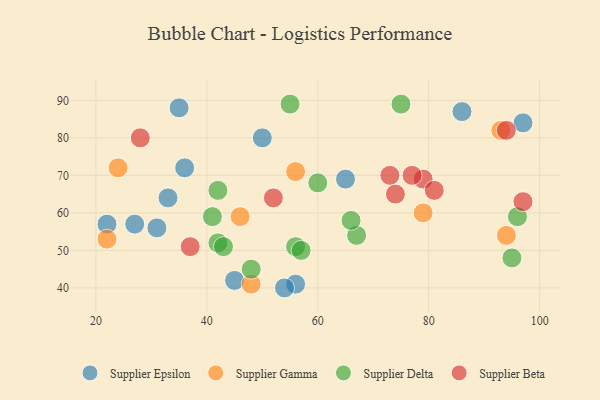
{"axis": {"x": "GDP", "y": "Life Expectancy"}, "legend": ["Supplier Beta", "Supplier Delta", "Supplier Epsilon", "Supplier Gamma"], "data": [{"x": "31", "y": 56, "type": "Supplier Epsilon"}, {"x": "86", "y": 87, "type": "Supplier Epsilon"}, {"x": "56", "y": 41, "type": "Supplier Epsilon"}, {"x": "97", "y": 84, "type": "Supplier Epsilon"}, {"x": "36", "y": 72, "type": "Supplier Epsilon"}, {"x": "50", "y": 80, "type": "Supplier Epsilon"}, {"x": "65", "y": 69, "type": "Supplier Epsilon"}, {"x": "54", "y": 40, "type": "Supplier Epsilon"}, {"x": "27", "y": 57, "type": "Supplier Epsilon"}, {"x": "33", "y": 64, "type": "Supplier Epsilon"}, {"x": "45", "y": 42, "type": "Supplier Epsilon"}, {"x": "22", "y": 57, "type": "Supplier Epsilon"}, {"x": "35", "y": 88, "type": "Supplier Epsilon"}, {"x": "94", "y": 54, "type": "Supplier Gamma"}, {"x": "24", "y": 72, "type": "Supplier Gamma"}, {"x": "46", "y": 59, "type": "Supplier Gamma"}, {"x": "22", "y": 53, "type": "Supplier Gamma"}, {"x": "56", "y": 71, "type": "Supplier Gamma"}, {"x": "48", "y": 41, "type": "Supplier Gamma"}, {"x": "79", "y": 60, "type": "Supplier Gamma"}, {"x": "93", "y": 82, "type": "Supplier Gamma"}, {"x": "42", "y": 66, "type": "Supplier Delta"}, {"x": "56", "y": 51, "type": "Supplier Delta"}, {"x": "42", "y": 52, "type": "Supplier Delta"}, {"x": "96", "y": 59, "type": "Supplier Delta"}, {"x": "43", "y": 51, "type": "Supplier Delta"}, {"x": "75", "y": 89, "type": "Supplier Delta"}, {"x": "55", "y": 89, "type": "Supplier Delta"}, {"x": "67", "y": 54, "type": "Supplier Delta"}, {"x": "95", "y": 48, "type": "Supplier Delta"}, {"x": "48", "y": 45, "type": "Supplier Delta"}, {"x": "66", "y": 58, "type": "Supplier Delta"}, {"x": "57", "y": 50, "type": "Supplier Delta"}, {"x": "41", "y": 59, "type": "Supplier Delta"}, {"x": "60", "y": 68, "type": "Supplier Delta"}, {"x": "97", "y": 63, "type": "Supplier Beta"}, {"x": "79", "y": 69, "type": "Supplier Beta"}, {"x": "37", "y": 51, "type": "Supplier Beta"}, {"x": "73", "y": 70, "type": "Supplier Beta"}, {"x": "81", "y": 66, "type": "Supplier Beta"}, {"x": "77", "y": 70, "type": "Supplier Beta"}, {"x": "28", "y": 80, "type": "Supplier Beta"}, {"x": "94", "y": 82, "type": "Supplier Beta"}, {"x": "52", "y": 64, "type": "Supplier Beta"}, {"x": "74", "y": 65, "type": "Supplier Beta"}]}